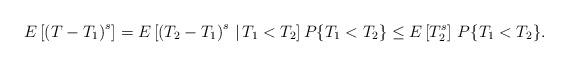
LaTeX: \begin{align*}E\left[\left(T - T_1\right)^s\right] = E\left[\left(T_2 - T_1\right)^s \, | \, T_1 < T_2\right] P\{T_1 < T_2\}\leq E\left[T_2^s\right] \, P\{T_1 < T_2\}.\end{align*}